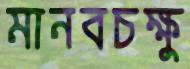
মানবচক্ষু